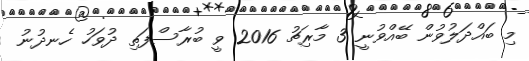
މި ބައްދަލުވުން ބޭއްވުނީ 3 މާރިޗު 2016 ވީ ބުރާސްފަތި ދުވަހު ހެނދުނު